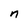
Character: n